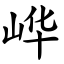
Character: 㟆